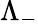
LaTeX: \Lambda_{-}